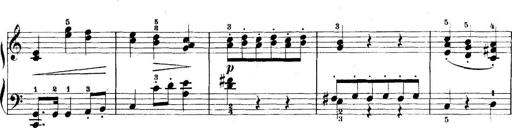
Title: 5 Sonatinas
Composer: Theodor Kirchner